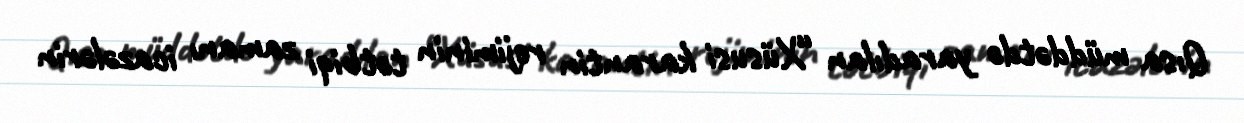
Qısa müddətdə yaradılan “Xüsusi karantin rejiminin tətbiqi zamanı icazələrin